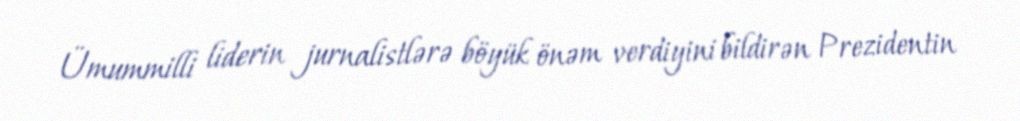
Ümummilli liderin jurnalistlərə böyük önəm verdiyini bildirən Prezidentin